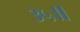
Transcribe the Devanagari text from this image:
३५॥